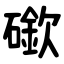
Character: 䃢